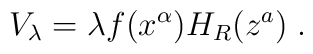
V_{\lambda }=\lambda f(x^{\alpha })H_{R}(z^{a})\;.